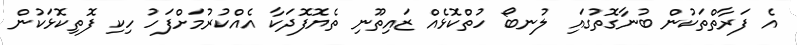
އެ ފަރާތްތަކުން ބުނާގޮތުގައި ލުނބޯ ހުތްކޮޅެއް ޒައިތޫނި ތެޔޮފޮދަކާ އެއްކުރުމަށްފަހު ހިކި ފޮތިކޮޅަކުން